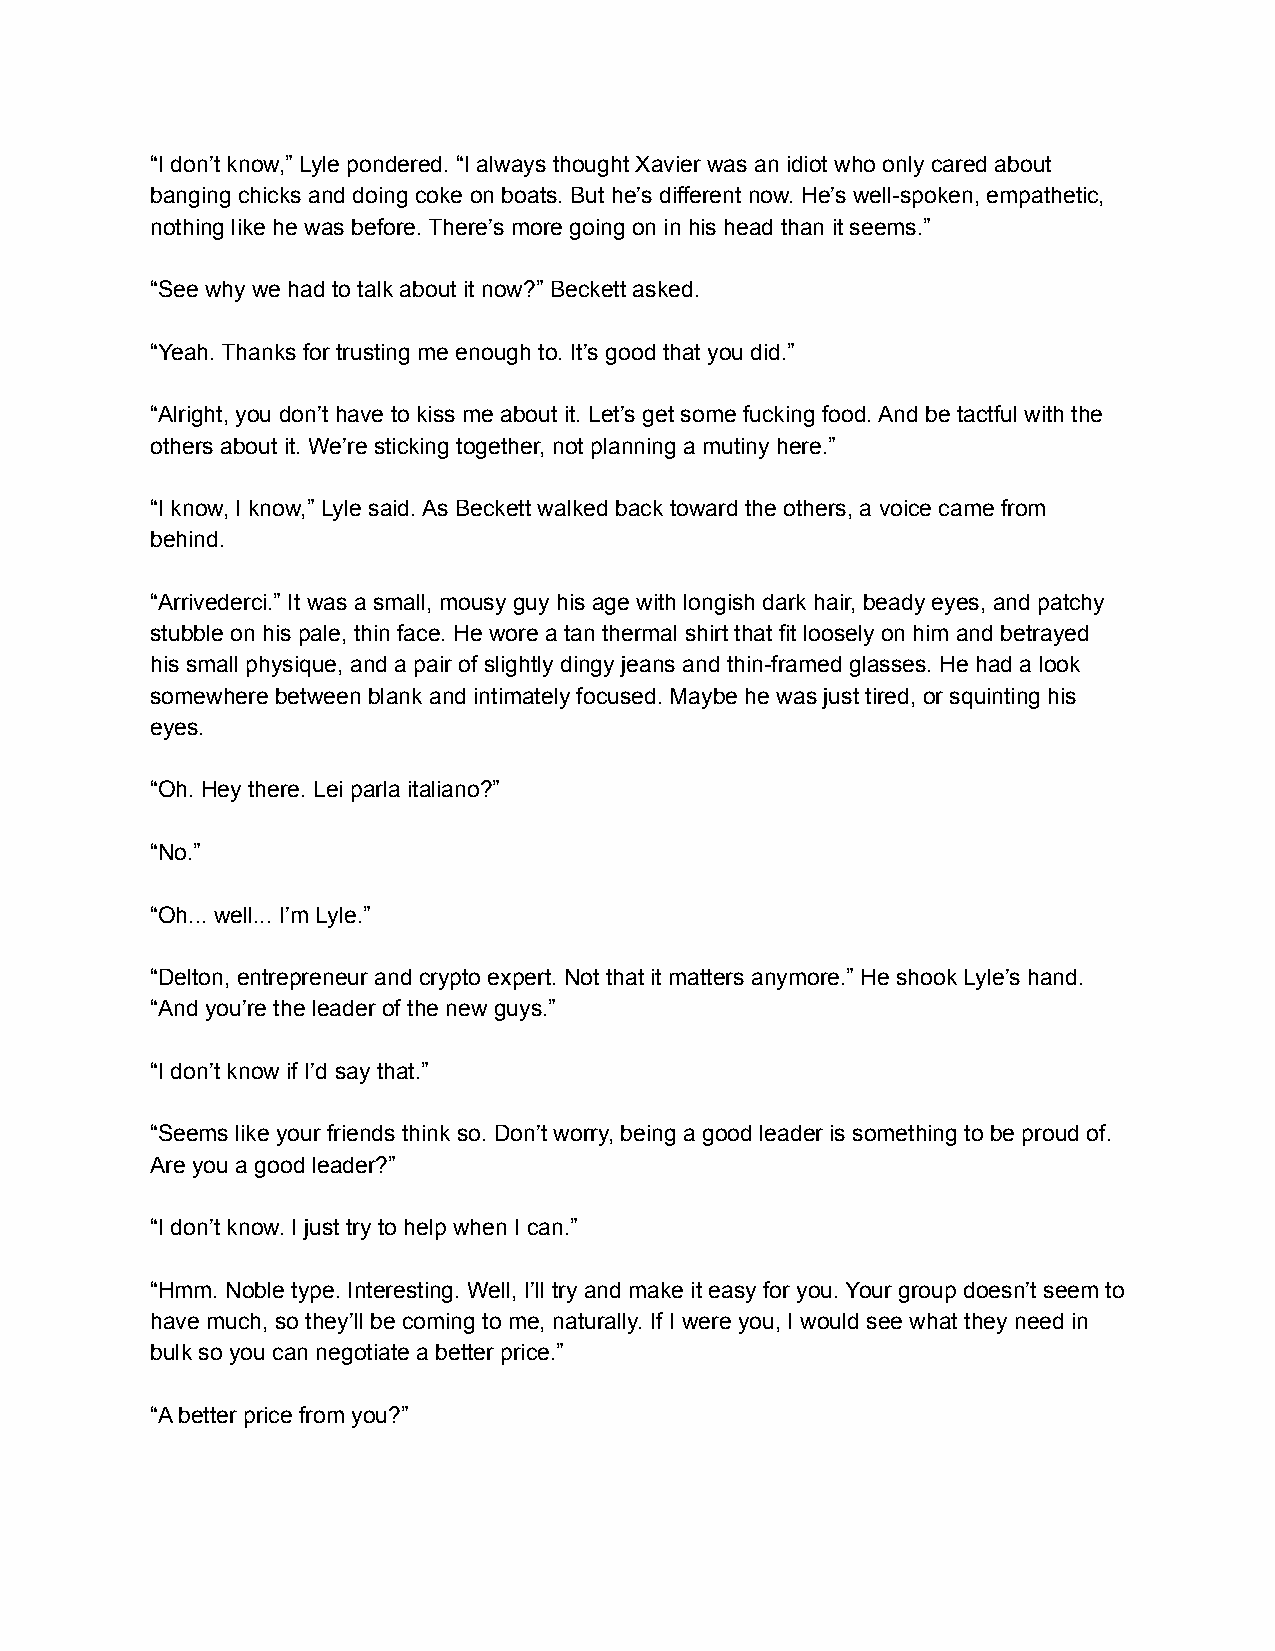
“I don’t know,” Lyle pondered. “I always thought Xavier was an idiot who only cared about
 banging chicks and doing coke on boats. But he’s different now. He’s well-spoken, empathetic,
 nothing like he was before. There’s more going on in his head than it seems.”
 “See why we had to talk about it now?” Beckett asked.
 “Yeah. Thanks for trusting me enough to. It’s good that you did.”
 “Alright, you don’t have to kiss me about it. Let’s get some fucking food. And be tactful with the
 others about it. We’re sticking together, not planning a mutiny here.”
 “I know, I know,” Lyle said. As Beckett walked back toward the others, a voice came from
 behind.
 “Arrivederci.” It was a small, mousy guy his age with longish dark hair, beady eyes, and patchy
 stubble on his pale, thin face. He wore a tan thermal shirt that fit loosely on him and betrayed
 his small physique, and a pair of slightly dingy jeans and thin-framed glasses. He had a look
 somewhere between blank and intimately focused. Maybe he was just tired, or squinting his
 eyes.
 “Oh. Hey there. Lei parla italiano?”
 “No.”
 “Oh... well... I’m Lyle.”
 “Delton, entrepreneur and crypto expert. Not that it matters anymore.” He shook Lyle’s hand.
 “And you’re the leader of the new guys.”
 “I don’t know if I’d say that.”
 “Seems like your friends think so. Don’t worry, being a good leader is something to be proud of.
 Are you a good leader?”
 “I don’t know. I just try to help when I can.”
 “Hmm. Noble type. Interesting. Well, I’ll try and make it easy for you. Your group doesn’t seem to
 have much, so they’ll be coming to me, naturally. If I were you, I would see what they need in
 bulk so you can negotiate a better price.”
 “A better price from you?”